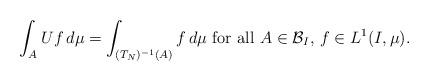
LaTeX: \begin{align*}\int_{A}Uf \,d\mu = \int_{(T_{N})^{-1}(A)}f\, d\mu \mbox{ for all }A \in {\mathcal{B}}_{I},\, f \in L^1(I,\mu). \end{align*}